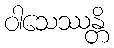
ဝါသေဿန္တိ